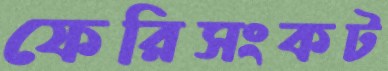
ফেরিসংকট